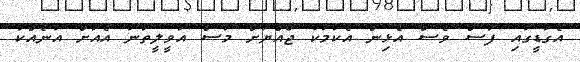
އެގަޑީގައި ފަސް ވެސް އެޅިން އެކަމަކު ޖޯއްޔަށް މަސް އަވީލީތަނާ އެއަށް އަނެއްކާ